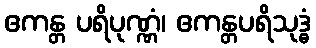
ဧကန္တ ပရိပုဏ္ဏံ၊ ဧကန္တပရိသုဒ္ဓံ